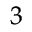
_ 3